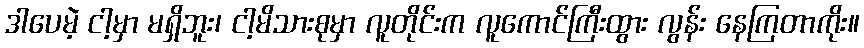
ဒါပေမဲ့ ငါ့မှာ မရှိဘူး၊ ငါ့မိသားစုမှာ လူတိုင်းက လူကောင်ကြီးထွား လွန်း နေကြတာကိုး။